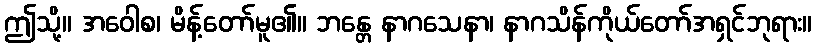
ဤသို့။ အဝေါစ၊ မိန့်တော်မူ၏။ ဘန္တေ နာဂသေနာ၊ နာဂသိန်ကိုယ်တော်အရှင်ဘုရား။